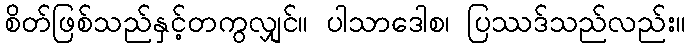
စိတ်ဖြစ်သည်နှင့်တကွလျှင်။ ပါသာဒေါစ၊ ပြဿဒ်သည်လည်း။